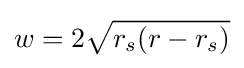
w=2{\sqrt {r_{s}(r-r_{s})}}